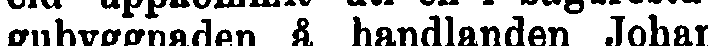
gubyggnaden å handlanden Johan